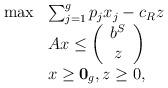
LaTeX: \begin{align*}\begin{array}{ll}\max & \sum_{j=1}^{g}p_{j}x_{j}-c_{R}z \\ & Ax\leq \left( \begin{array}{c}b^{S} \\ z\end{array}\right) \\ & x\geq \mathbf{0}_{g},z\geq 0,\end{array}\end{align*}